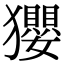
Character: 𤣎